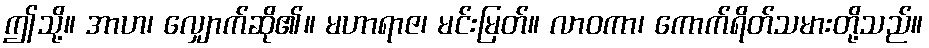
ဤသို့။ အာဟ၊ လျှောက်ဆို၏။ မဟာရာဇ၊ မင်းမြတ်။ လာဝကာ၊ ကောက်ရိတ်သမားတို့သည်။